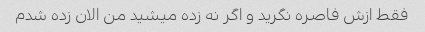
فقط ازش فاصره نگرید و اگر نه زده میشید من الان زده شدم